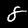
Label: 8